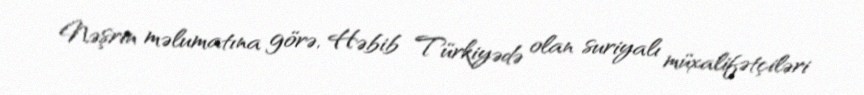
Nəşrin məlumatına görə, Həbib Türkiyədə olan suriyalı müxalifətçiləri